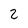
Character: 2